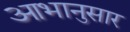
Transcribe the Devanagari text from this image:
आभानुसार